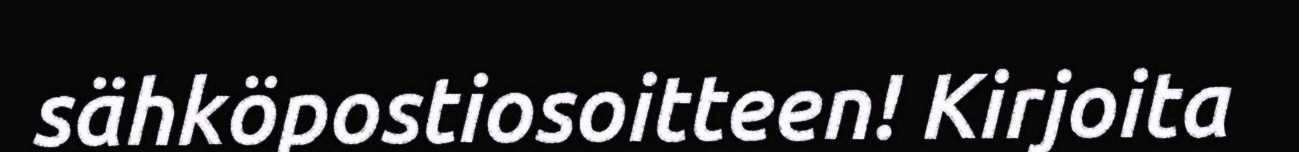
sähköpostiosoitteen! Kirjoita